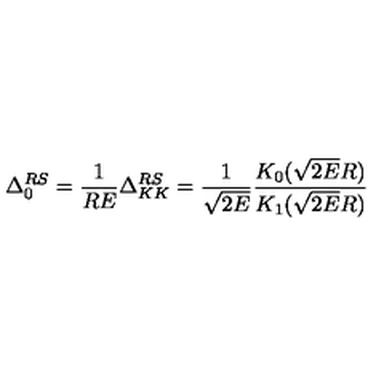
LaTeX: \Delta _ { 0 } ^ { R S } = \frac { 1 } { R E } \Delta _ { K K } ^ { R S } = \frac { 1 } { \sqrt { 2 E } } \frac { K _ { 0 } ( \sqrt { 2 E } R ) } { K _ { 1 } ( \sqrt { 2 E } R ) }